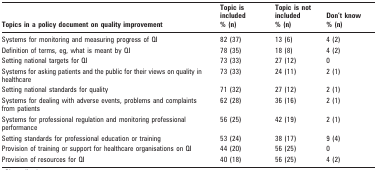
| Topics in a policy document on quality improvement |  | Topic is included% (n) | Topic is not included% (n) | Don’t know% (n) |
 | --- | --- | --- | --- | --- |
 | Systems for monitoring and measuring progress of QI |  | 82 (37) | 13 (6) | 4 (2) |
 | Definition of terms, eg, what is meant by QI |  | 78 (35) | 18 (8) | 4 (2) |
 | Setting national targets for QI |  | 73 (33) | 27 (12) | 0 |
 | Systems for asking patients and the public for their views on quality in healthcare |  | 73 (33) | 24 (11) | 2 (1) |
 | Setting national standards for quality |  | 71 (32) | 27 (12) | 2 (1) |
 | Systems for dealing with adverse events, problems and complaints from patients |  | 62 (28) | 36 (16) | 2 (1) |
 | Systems for professional regulation and monitoring professional performance |  | 56 (25) | 42 (19) | 2 (1) |
 | Setting standards for professional education or training |  | 53 (24) | 38 (17) | 9 (4) |
 | Provision of training or support for healthcare organisations on QI |  | 44 (20) | 56 (25) | 0 |
 | Provision of resources for QI |  | 40 (18) | 56 (25) | 4 (2) |